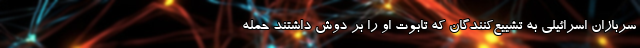
سربازان اسرائیلی به تشییع‌کنندگان که تابوت او را بر دوش داشتند حمله